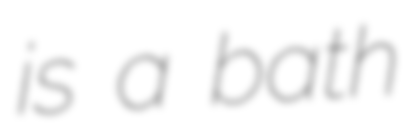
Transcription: is a bath